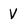
Character: V